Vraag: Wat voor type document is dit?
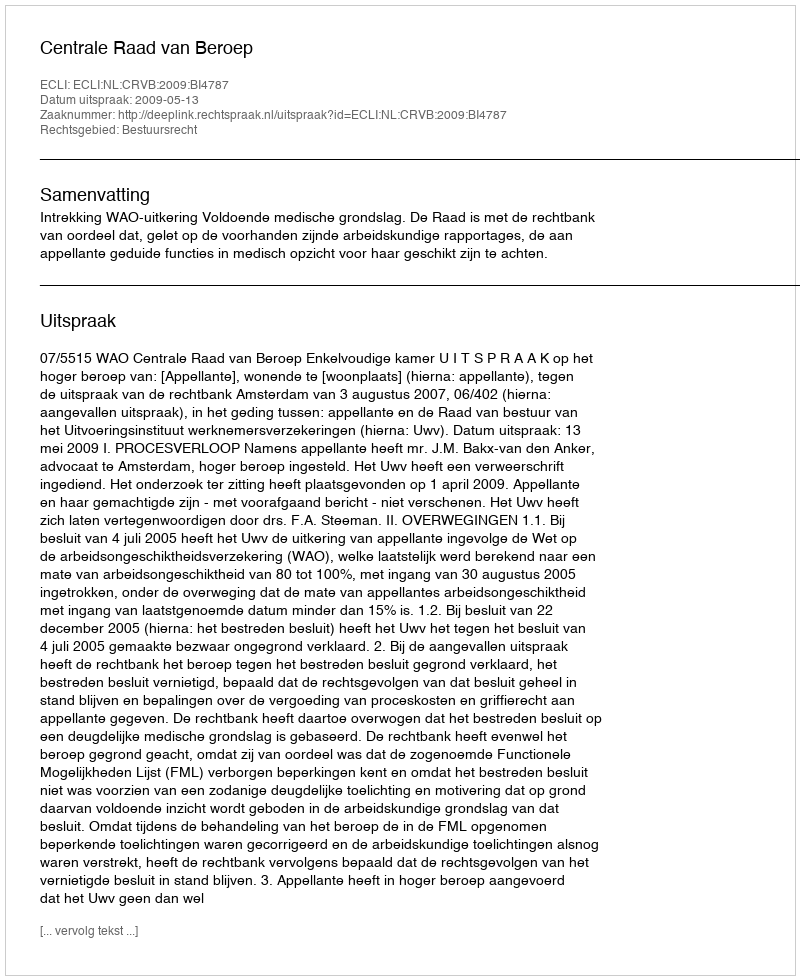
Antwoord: Uitspraak